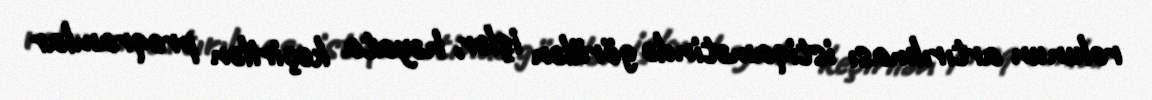
rolunun artırılması istiqamətində görülən işlər, həyata keçirilən proqramlar